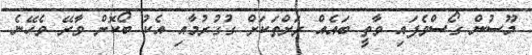
މޫސުން ގޯސްވެފައި ވާތީ ބައެއް ރަށްތަކަށް ގުގުރުމާއި އެކު ބޯކޮށް ވާރޭ ވެހޭނެ